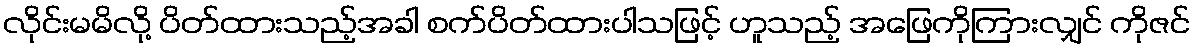
လိုင်းမမိလို့ ပိတ်ထားသည့်အခါ စက်ပိတ်ထားပါသဖြင့် ဟူသည့် အဖြေကိုကြားလျှင် ကိုဇင်